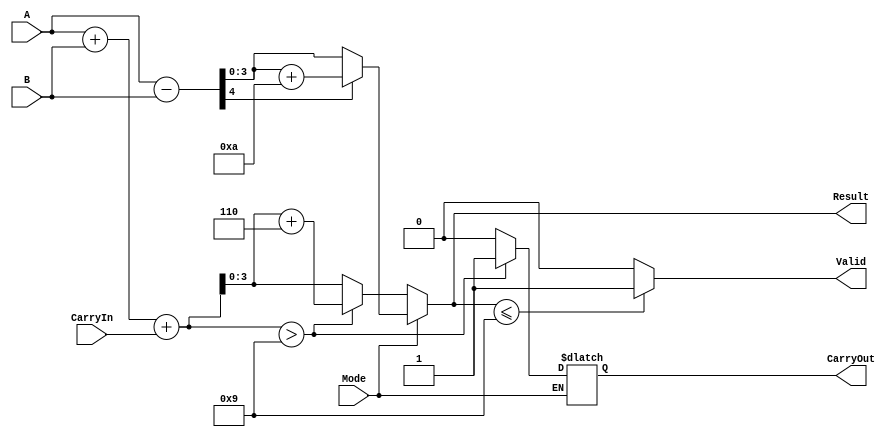
module BCD_Add_Subtracter (
    input [3:0] A,          // BCD input operand A
    input [3:0] B,          // BCD input operand B
    input Mode,             // Mode: 0 for addition, 1 for subtraction
    input CarryIn,          // Optional carry input for addition
    output reg [3:0] Result, // BCD result of the operation
    output reg CarryOut,     // Carry output flag
    output reg Valid         // Valid flag for BCD result
);

    wire [4:0] Sum;         // 5 bit wire to hold sum (allows for carry bit)
    wire [4:0] Sub;         // 5 bit wire to hold subtraction result
    wire [3:0] AdjustedSum; // Adjusted sum after BCD correction
    wire [3:0] AdjustedSub; // Adjusted subtract result after BCD correction
    reg [4:0] interim_result;

    always @(*) begin
        // Calculate Sum and Subtraction
        Sum = A + B + CarryIn;
        Sub = A - B;

        // Addition logic with BCD correction
        if (Mode == 1'b0) begin // Addition
            if (Sum > 4'b1001) begin
                Result = Sum + 4'b0110; // Adjust for BCD
                CarryOut = 1;
            end else begin
                Result = Sum[3:0]; // No adjustment needed
                CarryOut = 0;
            end
        end else begin // Subtraction
            if (Sub[4] == 1'b1) begin // Negative result (borrow occurs)
                AdjustedSub = Sub + 4'b1010; // Adjust for BCD (add 10)
                Result = AdjustedSub[3:0];
            end else begin
                Result = Sub[3:0]; // No adjustment needed
            end
        end
        
        // Validity Check
        Valid = (Result <= 4'b1001) ? 1'b1 : 1'b0; // Result must be in BCD range (0-9)
    end
endmodule